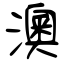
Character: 澳